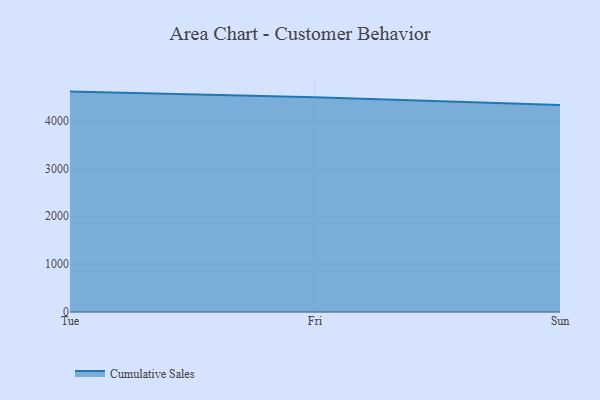
{"axis": {"x": "Day", "y": "Demand Index"}, "legend": ["Cumulative Sales"], "data": [{"x": "Tue", "y": 4605.5, "type": "Cumulative Sales"}, {"x": "Fri", "y": 4486.5, "type": "Cumulative Sales"}, {"x": "Sun", "y": 4326.2, "type": "Cumulative Sales"}]}